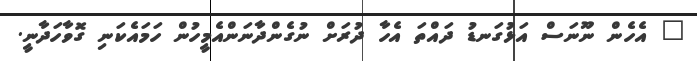
" އެހެން ނޫނަސް އަޅުގަނޑު ދައްތަ އެހާ ދުރަށް ނުގެންދާނަންއެމީހުން ހަމައެކަނި ގޮވާހަދާނީ.